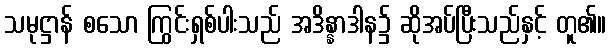
သမုဋ္ဌာန် စသော ကြွင်းရှစ်ပါးသည် အဒိန္နာဒါန၌ ဆိုအပ်ပြီးသည်နှင့် တူ၏။